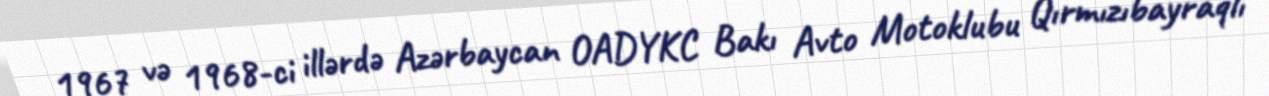
1967 və 1968-ci illərdə Azərbaycan OADYKC Bakı Avto Motoklubu Qırmızıbayraqlı